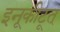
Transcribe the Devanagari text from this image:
इनूकीटूत्